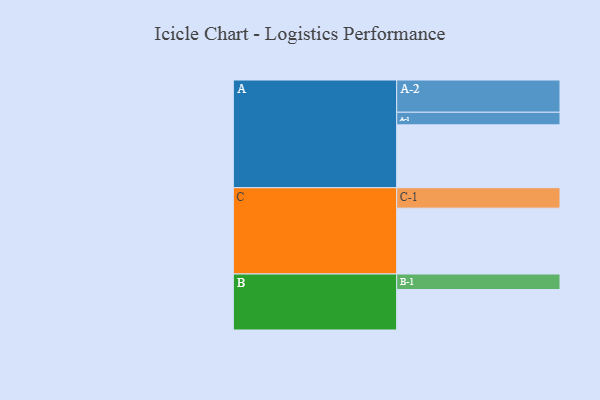
{"axis": {"x": "Segment", "y": "Value"}, "legend": ["", "A", "B", "C"], "data": [{"x": "A", "y": 548, "type": ""}, {"x": "B", "y": 353, "type": ""}, {"x": "C", "y": 574, "type": ""}, {"x": "A-1", "y": 110, "type": "A"}, {"x": "A-2", "y": 281, "type": "A"}, {"x": "B-1", "y": 135, "type": "B"}, {"x": "C-1", "y": 178, "type": "C"}]}